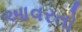
આવરતો